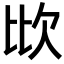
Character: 𣢋